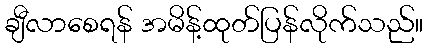
ချီလာစေရန် အမိန့်ထုတ်ပြန်လိုက်သည်။